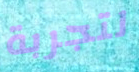
لتجربة